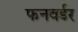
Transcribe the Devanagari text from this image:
फनवर्डर